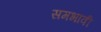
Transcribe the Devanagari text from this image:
समभावी